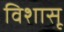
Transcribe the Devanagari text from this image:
विशासू